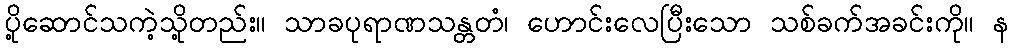
ပို့ဆောင်သကဲ့သို့တည်း။ သာခပုရာဏသန္တတံ၊ ဟောင်းလေပြီးသော သစ်ခက်အခင်းကို။ န